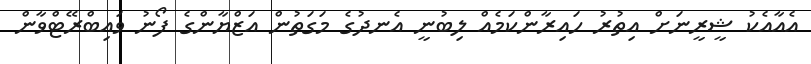
އެއާއެކު ޝީރީނަށް އިތުރު ހައިރާންކަމެއް ލިބުނީ އެނދުގެ މަގަތުން އަޒްޔާންގެ ފޯނު ވައިބްރޭޓްވާން